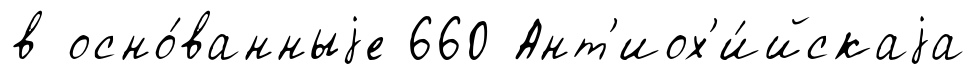
в осно́ванныjе 660 Ант'иох'и́йскаjа